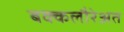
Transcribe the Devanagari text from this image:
बक्कलौरेअत